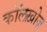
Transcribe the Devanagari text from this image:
कॉलख़ोज़